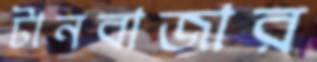
টানবাজার